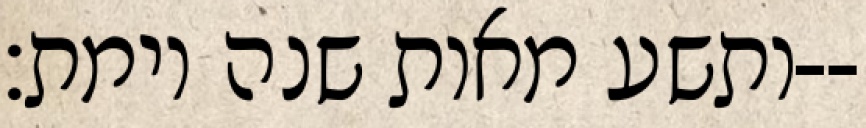
ותשע מאות שנה וימת׃--